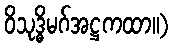
ဝိသုဒ္ဓိမဂ်အဋ္ဌကထာ။)